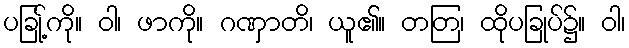
ပခြု့်ကို။ ဝါ၊ ဖာကို။ ဂဏှာတိ၊ ယူ၏။ တတြ၊ ထိုပခြုပ်၌။ ဝါ၊